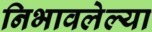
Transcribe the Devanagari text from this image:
निभावलेल्या